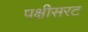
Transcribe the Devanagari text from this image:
पक्षीसरट